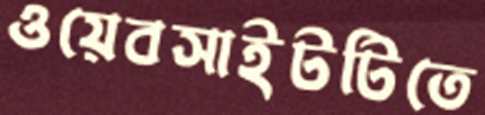
ওয়েবসাইটটিতে